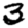
Digit: 3